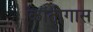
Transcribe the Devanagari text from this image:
कांतीगास